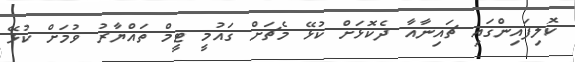
ކޮލިފައިންގައި ޗައިނާއާ ދެކޮޅަށް ކުޅޭ މެޗަށް ގައުމީ ޓީމް ތައްޔާރު ވުމަށް ކުޅޭ